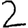
Digit: 2